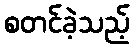
စတင်ခဲ့သည့်